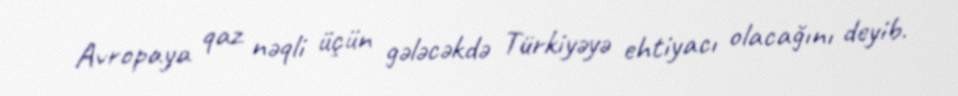
Avropaya qaz nəqli üçün gələcəkdə Türkiyəyə ehtiyacı olacağını deyib.